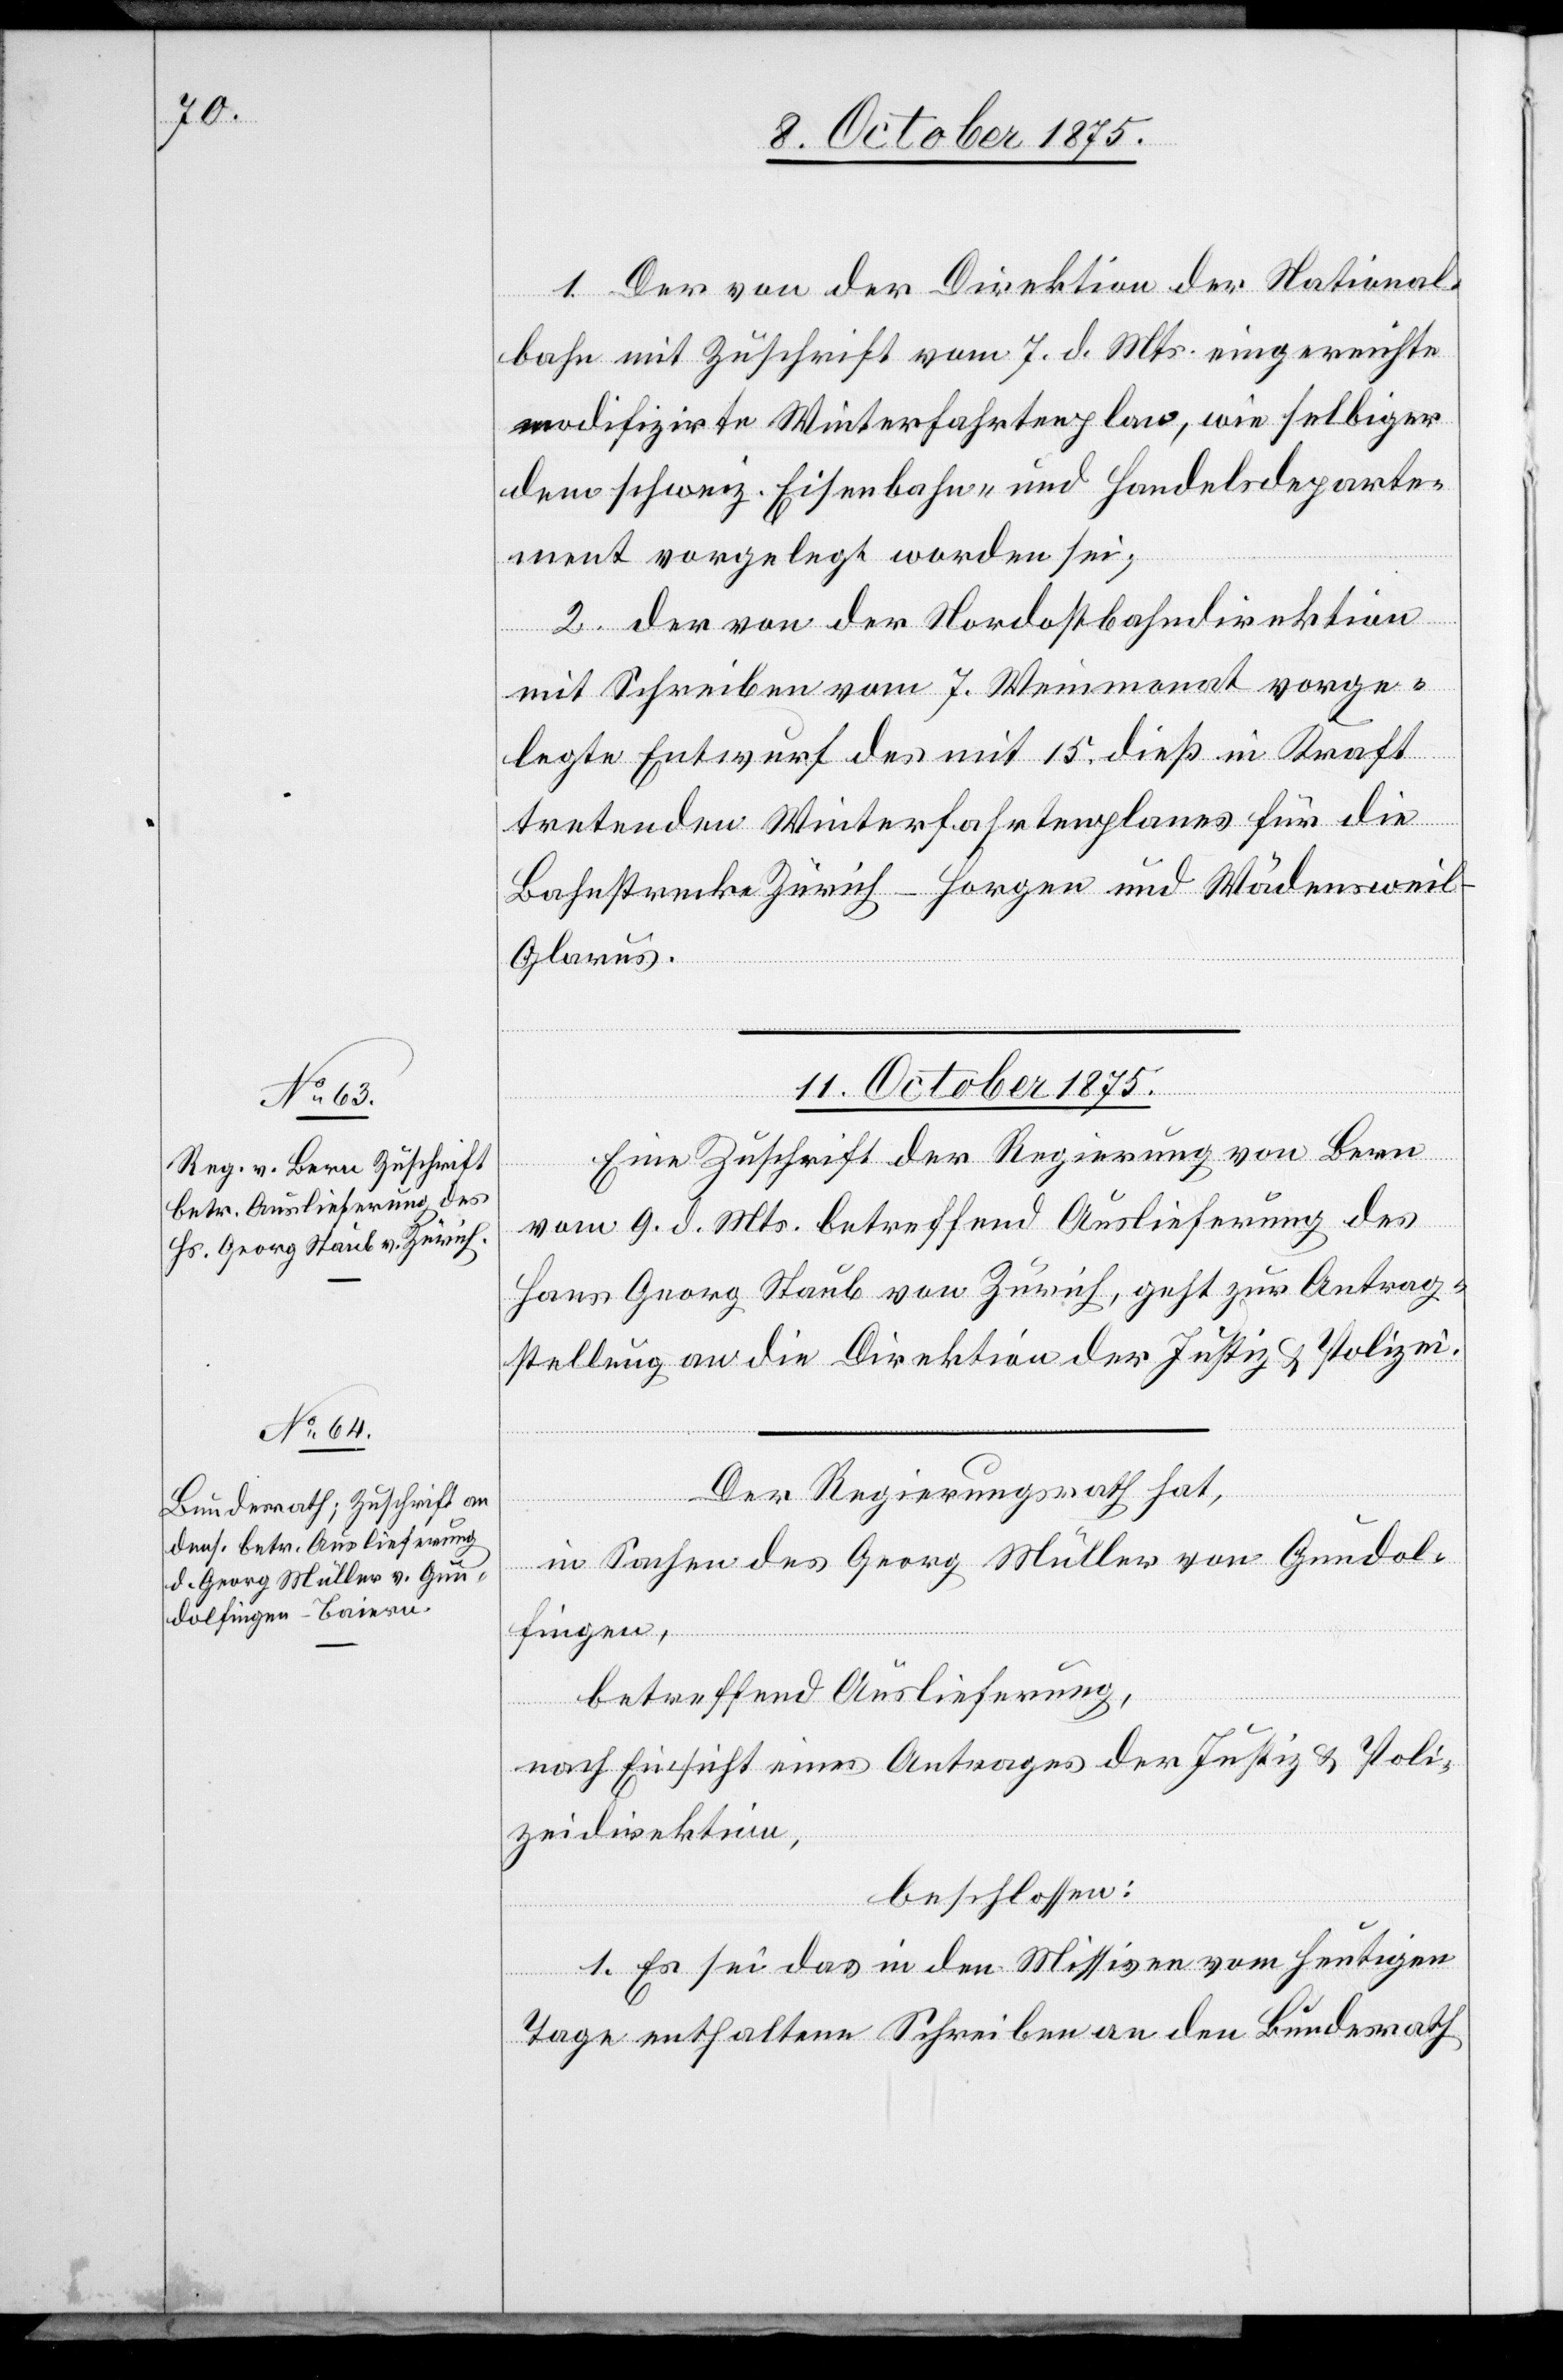
1. Der von der Direktion der National¬
bahn mit Zuschrift vom 7. d. Mts. eingereichte
modifizirte Winterfahrtenplan, wie selbiger
dem schweiz. Eisenbahn- und Handelsdeparte¬
ment vorgelegt worden sei;
2. der von der Nordostbahndirektion
mit Schreiben vom 7. Weinmonat vorge¬
legte Entwurf des mit 15. dieß in Kraft
tretenden Winterfahrtenplanes für die
Bahnstrecke Zürich–Horgen und Wädensweil–G¬
larus.
11. October 1875.]
Eine Zuschrift der Regierung von Bern
vom 9. d. Mts. betreffend Auslieferung des
Hans Georg Staub von Zürich, geht zur Antrag¬
stellung an die Direktion der Justiz & Polizei.
Der Regierungsrath hat,
in Sachen des Georg Müller von Gundol¬
fingen,
betreffen Auslieferung,
nach Einsicht eines Antrages der Justiz- & Poli¬
zeidirektion,
beschlossen:
1. Es sei das in den Missiven vom heutigen
Tage enthaltene Schreiben an den Bundesrath